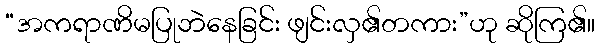
“အကရာဏိမပြုဘဲနေခြင်း ဖျင်းလှ၏တကား”ဟု ဆိုကြ၏။